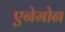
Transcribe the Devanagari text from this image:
एनेमोन